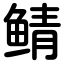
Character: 鲭